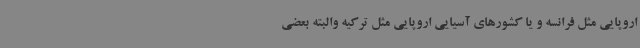
اروپایی مثل فرانسه و یا کشورهای آسیایی اروپایی مثل ترکیه والبته بعضی